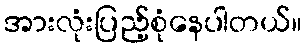
အားလုံးပြည့်စုံနေပါတယ်။